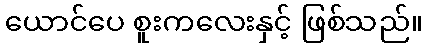
ယောင်ပေ စူးကလေးနှင့် ဖြစ်သည်။